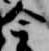
今